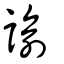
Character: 諭